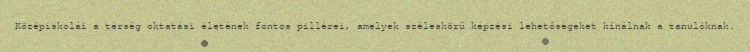
Középiskolái a térség oktatási életének fontos pillérei, amelyek széleskörű képzési lehetőségeket kínálnak a tanulóknak.